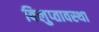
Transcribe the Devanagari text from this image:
विलुप्‍तावस्‍था